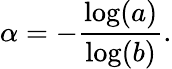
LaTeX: \alpha=-{\frac{\log(a)}{\log(b)}}.